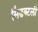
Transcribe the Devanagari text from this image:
सिंडक्टली